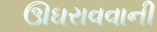
ઊઘરાવવાની